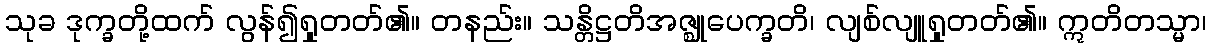
သုခ ဒုက္ခတို့ထက် လွန်၍ရှုတတ်၏။ တနည်း။ သန္တိဋ္ဌတိအဇ္ဈုပေက္ခတိ၊ လျစ်လျူရှုတတ်၏။ ဣတိတသ္မာ၊